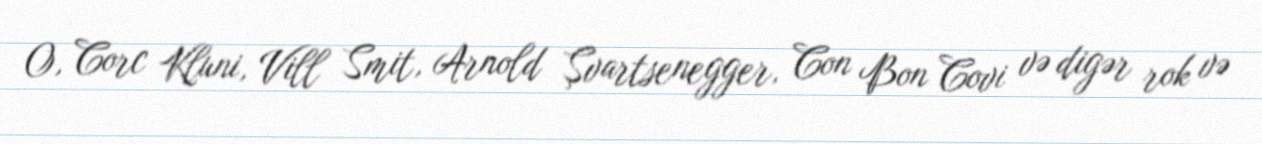
O, Corc Kluni, Vill Smit, Arnold Şvartsenegger, Con Bon Covi və digər rok və